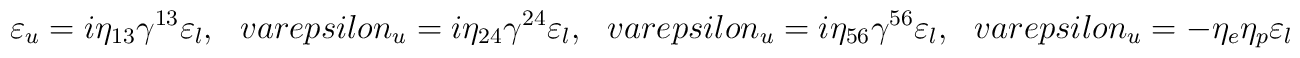
\varepsilon_u = i \eta_{13} \gamma^{13} \varepsilon_l, \ \ \ \ \\varepsilon_u = i \eta_{24} \gamma^{24} \varepsilon_l, \ \ \ \ \\varepsilon_u = i \eta_{56} \gamma^{56} \varepsilon_l, \ \ \ \ \\varepsilon_u = - \eta_e \eta_p \varepsilon_l